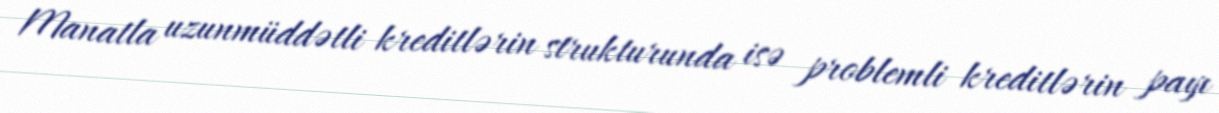
Manatla uzunmüddətli kreditlərin strukturunda isə problemli kreditlərin payı